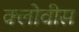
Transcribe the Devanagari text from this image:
क्लोवीस